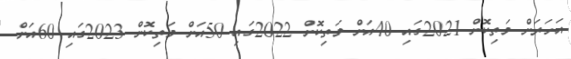
އަހަރަށް މަތިކޮށް 2021ގައި 40އަށް މަތިކޮށް 2022ގައި 50އަށް މަތިކޮށް 2023ގައި 60އަށް